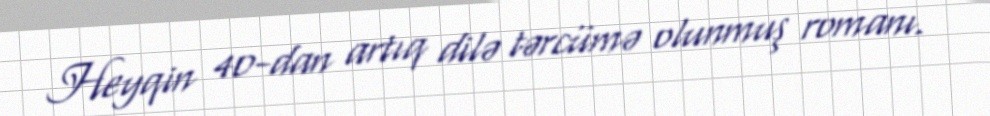
Heyqin 40-dan artıq dilə tərcümə olunmuş romanı.